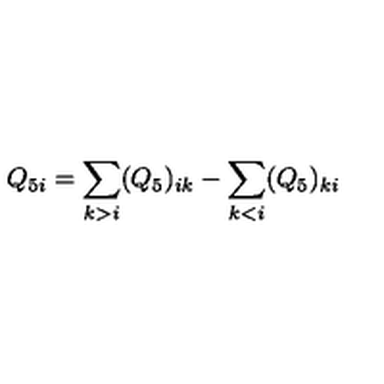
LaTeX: Q _ { 5 i } = \sum _ { k > i } ( Q _ { 5 } ) _ { i k } - \sum _ { k < i } ( Q _ { 5 } ) _ { k i }